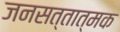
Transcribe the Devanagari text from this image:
जनसत्तात्मक